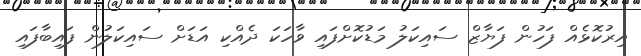
އިރުކޮޅެއް ފަހުން ފަޔާޒް ސައިކަލު މަޑުކޮށްފައި ވާހަަކަ ދެއްކި އަޑަށް ސައިކަލުން ފައިބާފައި